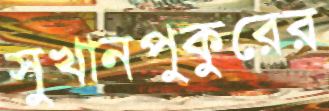
সুখানপুকুরের